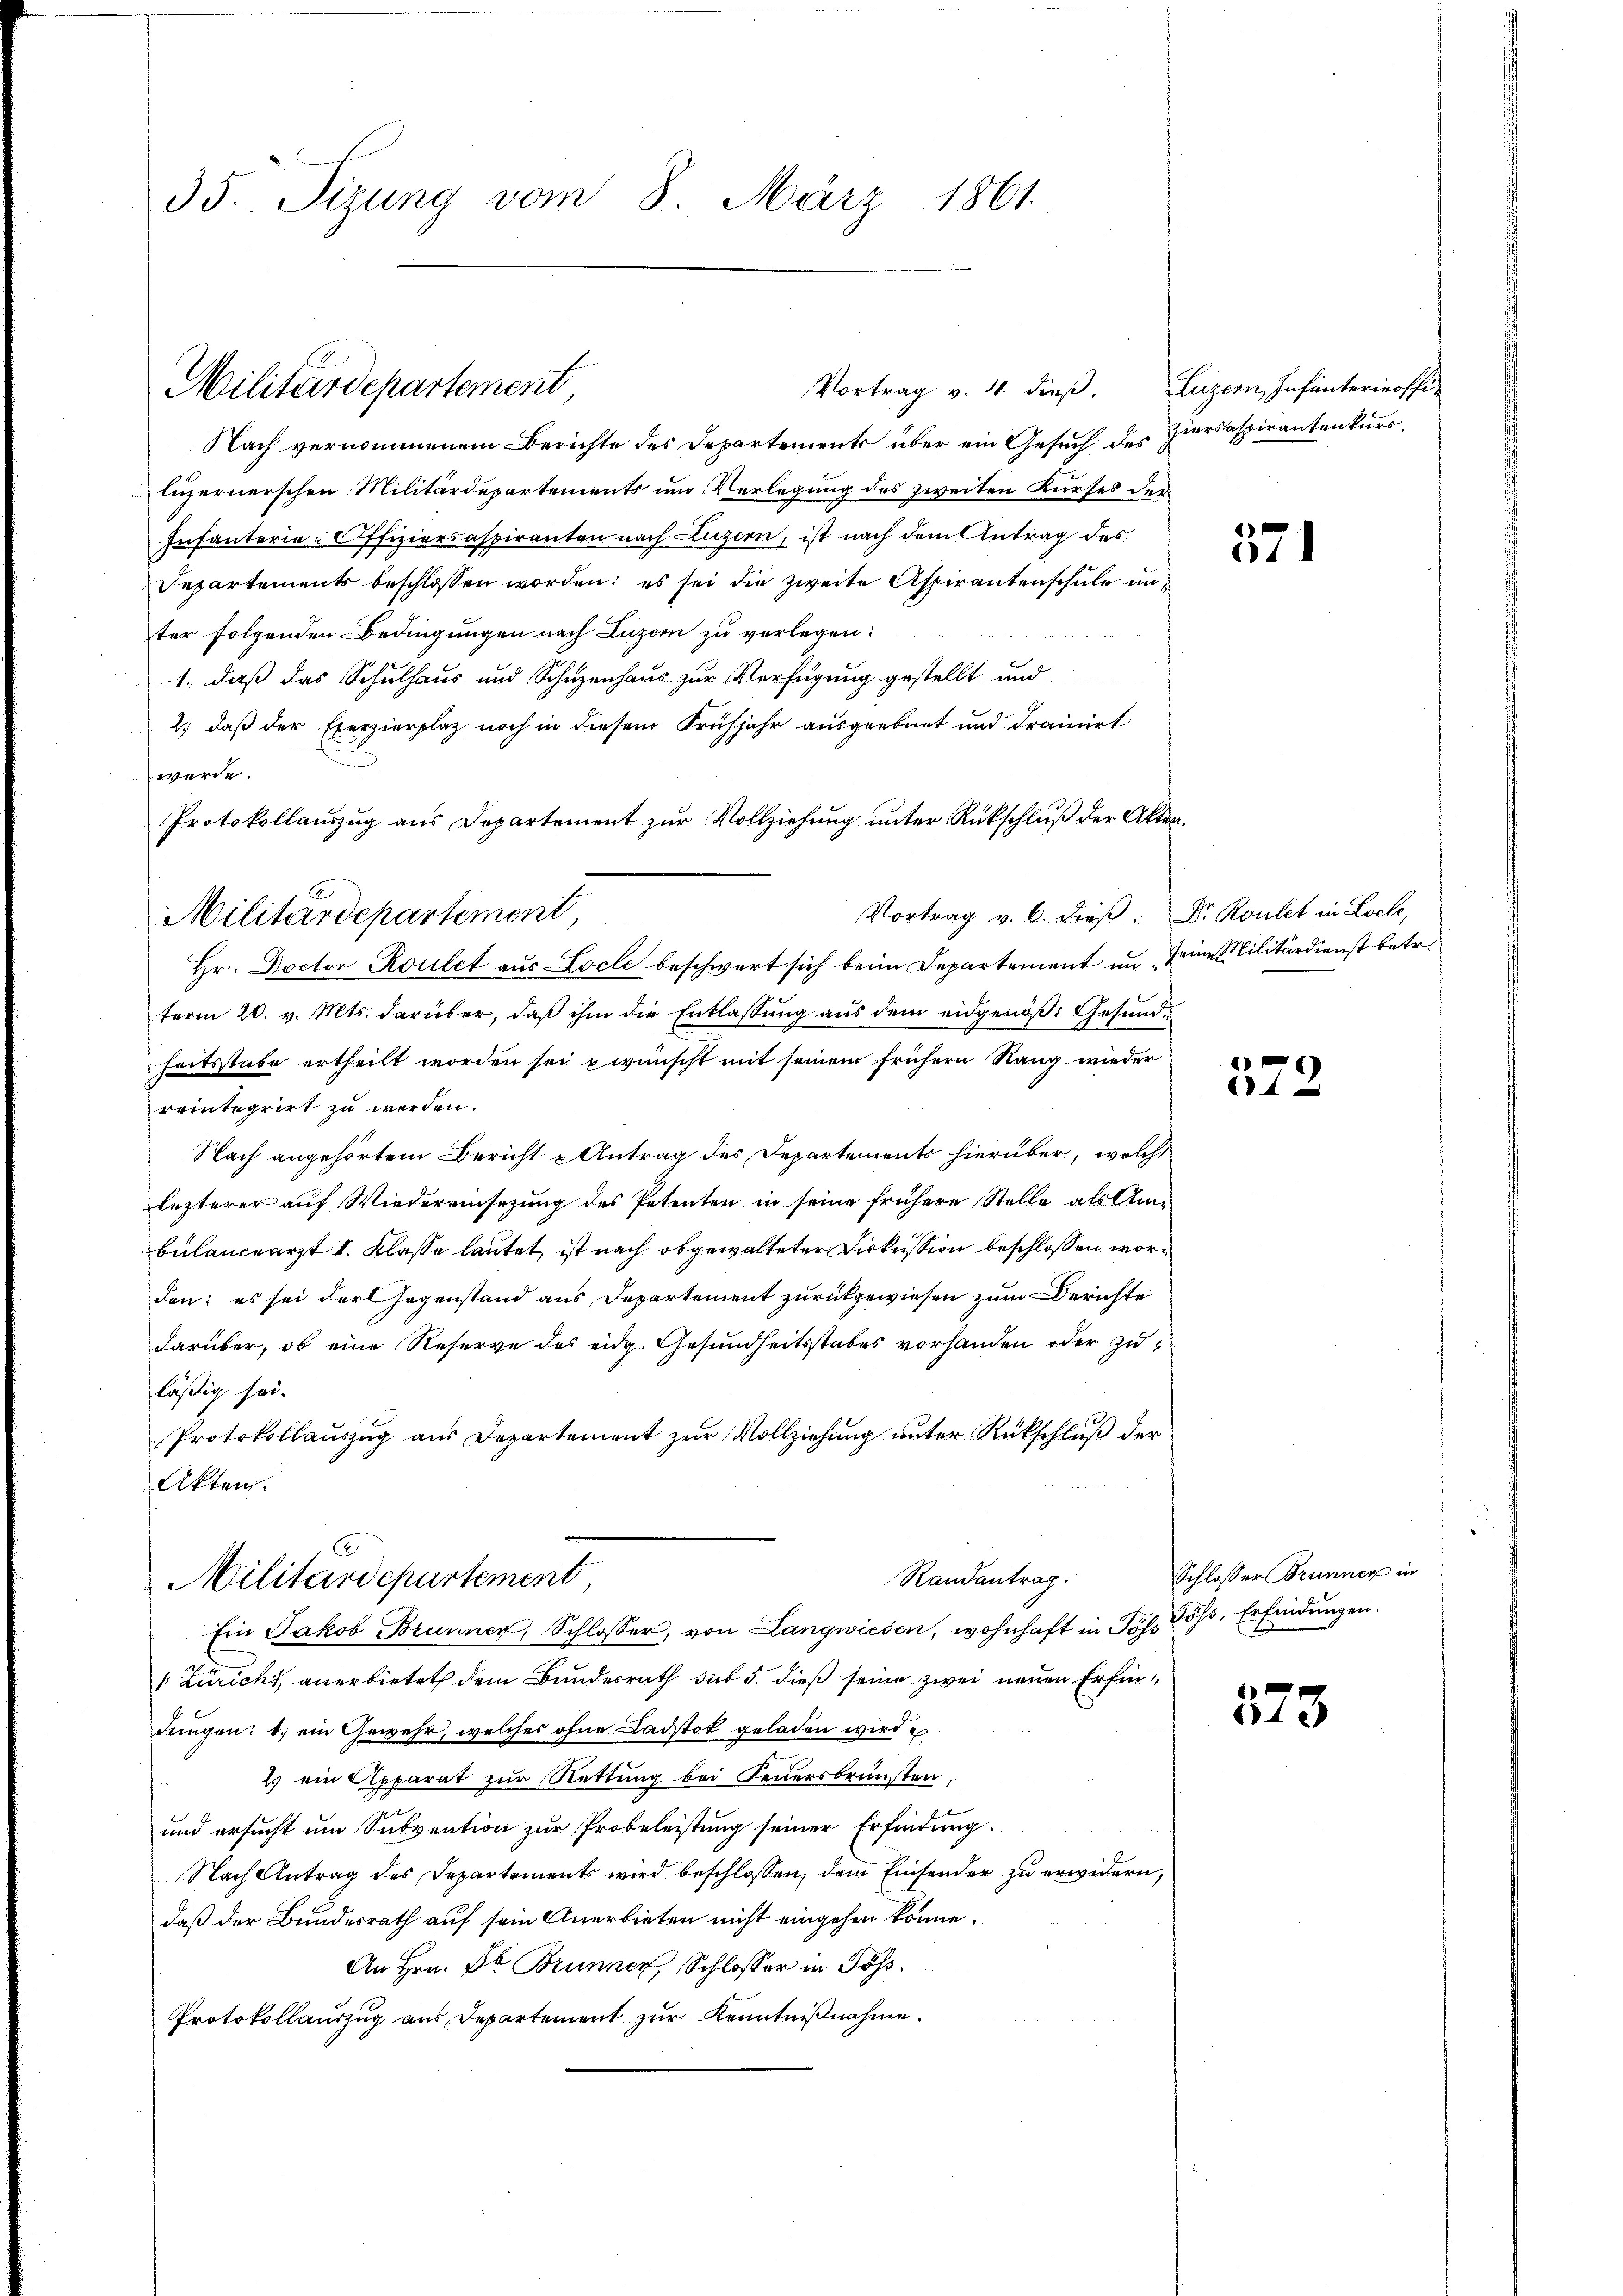
35. Sizung vom 8. März 1861.

Militärdepartement,

Militärdepartement

Vortrag v. 4. dieß.

Nach vernommenem Berichte des Departements über ein Gesuch des Ziersaspirantenkurs,
luzernerschen Militärdepartements um Verlegung des zweiten Kurses der
Infanterie-Offiziersaspiranten nach Luzern, ist nach dem Antrag des
Separtements beschlossen worden; es sei die zweite Aspirantenschule unter folgenden Bedingungen nach Luzern zu verlegen.
1., daß das Schulhaus und Schuzenhaus zur Verfügung gestellt und
2.) daß der Exerzierplaz noch in diesem Frühjahr ausgeebnet und drainirt
werde.
Protokollaŭszŭg aŭs Departement zŭr Vollziehŭng ŭnter Rückschlŭβ der Akten
Hr. Doctor Roulet aus Locle beschwert sich beim Departement in eine Militärdienst betr.
ferm 20. v. Mts. darüber, daß ihm die Entlassung aus dem eidgenöß: Gesundheitsstabe ertheilt worden sei pwünscht mit seinem frühern Rang wieder
reintegrirt zu werden.
Nach angehörtem Bericht u Antrag des Departements hierüber, welche
lezterer auf Wiedereinsezung des Petenten in seine frühere Stelle als Ambülanceärzt I. Klasse lautet, ist nach abgewalteter Diskussion beschlossen worden: es sei der Gegenstand aus Departement zurückgewiesen zum Berichte
darüber, ob eine Reserve des eidg. Gesundheitsstabes vorhanden oder zuläßig sei.
Protokollauszug aus Departement zur Vollziehung unter Rückschluß der
Akten.
.
Randantrag.
Militärdepartement
Ein Jakob Brunner, Schlosser, von Langwiesen, wohnhaft in Pop. Jos. Erfindŭngen.
[Züricht anerbietet dem Bundesrath sub 5. dieß seine zwei neuen Erfindungen: b. ein Gewehr, welches ohne Ladstok geladen wird
2.) ein Apparat zur Rettung bei Feuersbrunsten,
und ersucht um Subvention zur Probeleistung seiner Erfindung.
Nach Antrag des Departements wird beschlossen, dem Einsender zu erwidern,
daß der Bundesrath auf sein Anerbieten nicht eingehen könne.
An Hrn. Dr Brunner, Schlosser in Gös¬
Protokollauszug aus Departement zur Kenntnißnahme.

Vortrag v. 6. dieß. Dr Routet in Loche,

Luzern, Infanteriroffi¬

371

372

Schlosser Brunner in

373